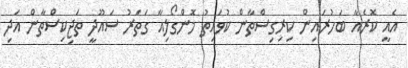
އެއީ ކޮރެއާ ބަހުރައިން ކިރިގިސްތާން ކުވައިތު މޮންގޯލިއާ ގަތަރު ސައޫދީ ތަޖިކިސްތާން އަދި